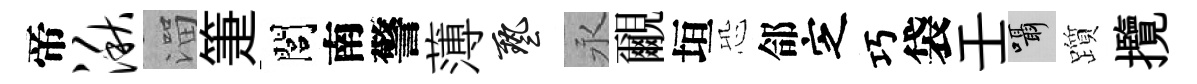
帝湫溜箑閭南警薄藝永覼垣恐郃㝎巧袋壬囁躓攬